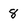
Character: 8